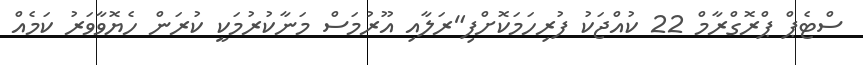
ސްޓެޕް ޕްރޮގްރާމް 22 ކުއްޖަކު ފުރިހަމަކޮށްފި"ރަލާއި އޫރުމަސް މަނާކުުރުމަކީ ކުރަން ހެޔޮވާވަރު ކަމެއް